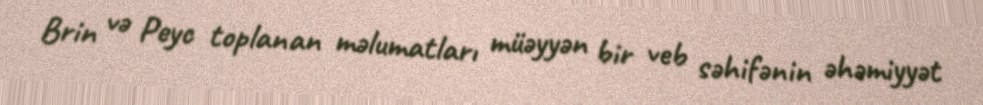
Brin və Peyc toplanan məlumatları müəyyən bir veb səhifənin əhəmiyyət